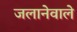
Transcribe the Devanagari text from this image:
जलानेवाले